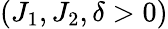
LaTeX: \left(J_{1},J_{2},\delta>0\right)